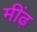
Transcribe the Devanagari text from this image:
मींढ़